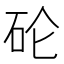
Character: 𱳯